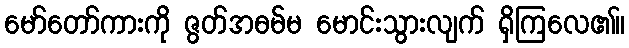
မော်တော်ကားကို ဇွတ်အဓမ်မ မောင်းသွားလျက် ရှိကြလေ၏။